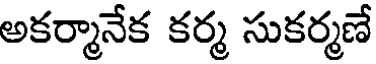
అకర్మానేక కర్మ సుకర్మణే